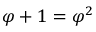
\varphi + 1 = \varphi ^ { 2 }